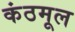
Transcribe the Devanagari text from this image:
कंठमूल